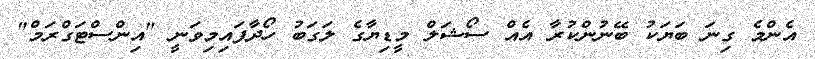
އެންމެ ގިނަ ބަޔަކު ބޭނުންކުރާ އެއް ސޯޝަލް މީޑިޔާގެ ލަގަބު ހޯދާފައިމިވަނީ "އިންސްޓަގްރަމް"